talulepingud_et, lk 2
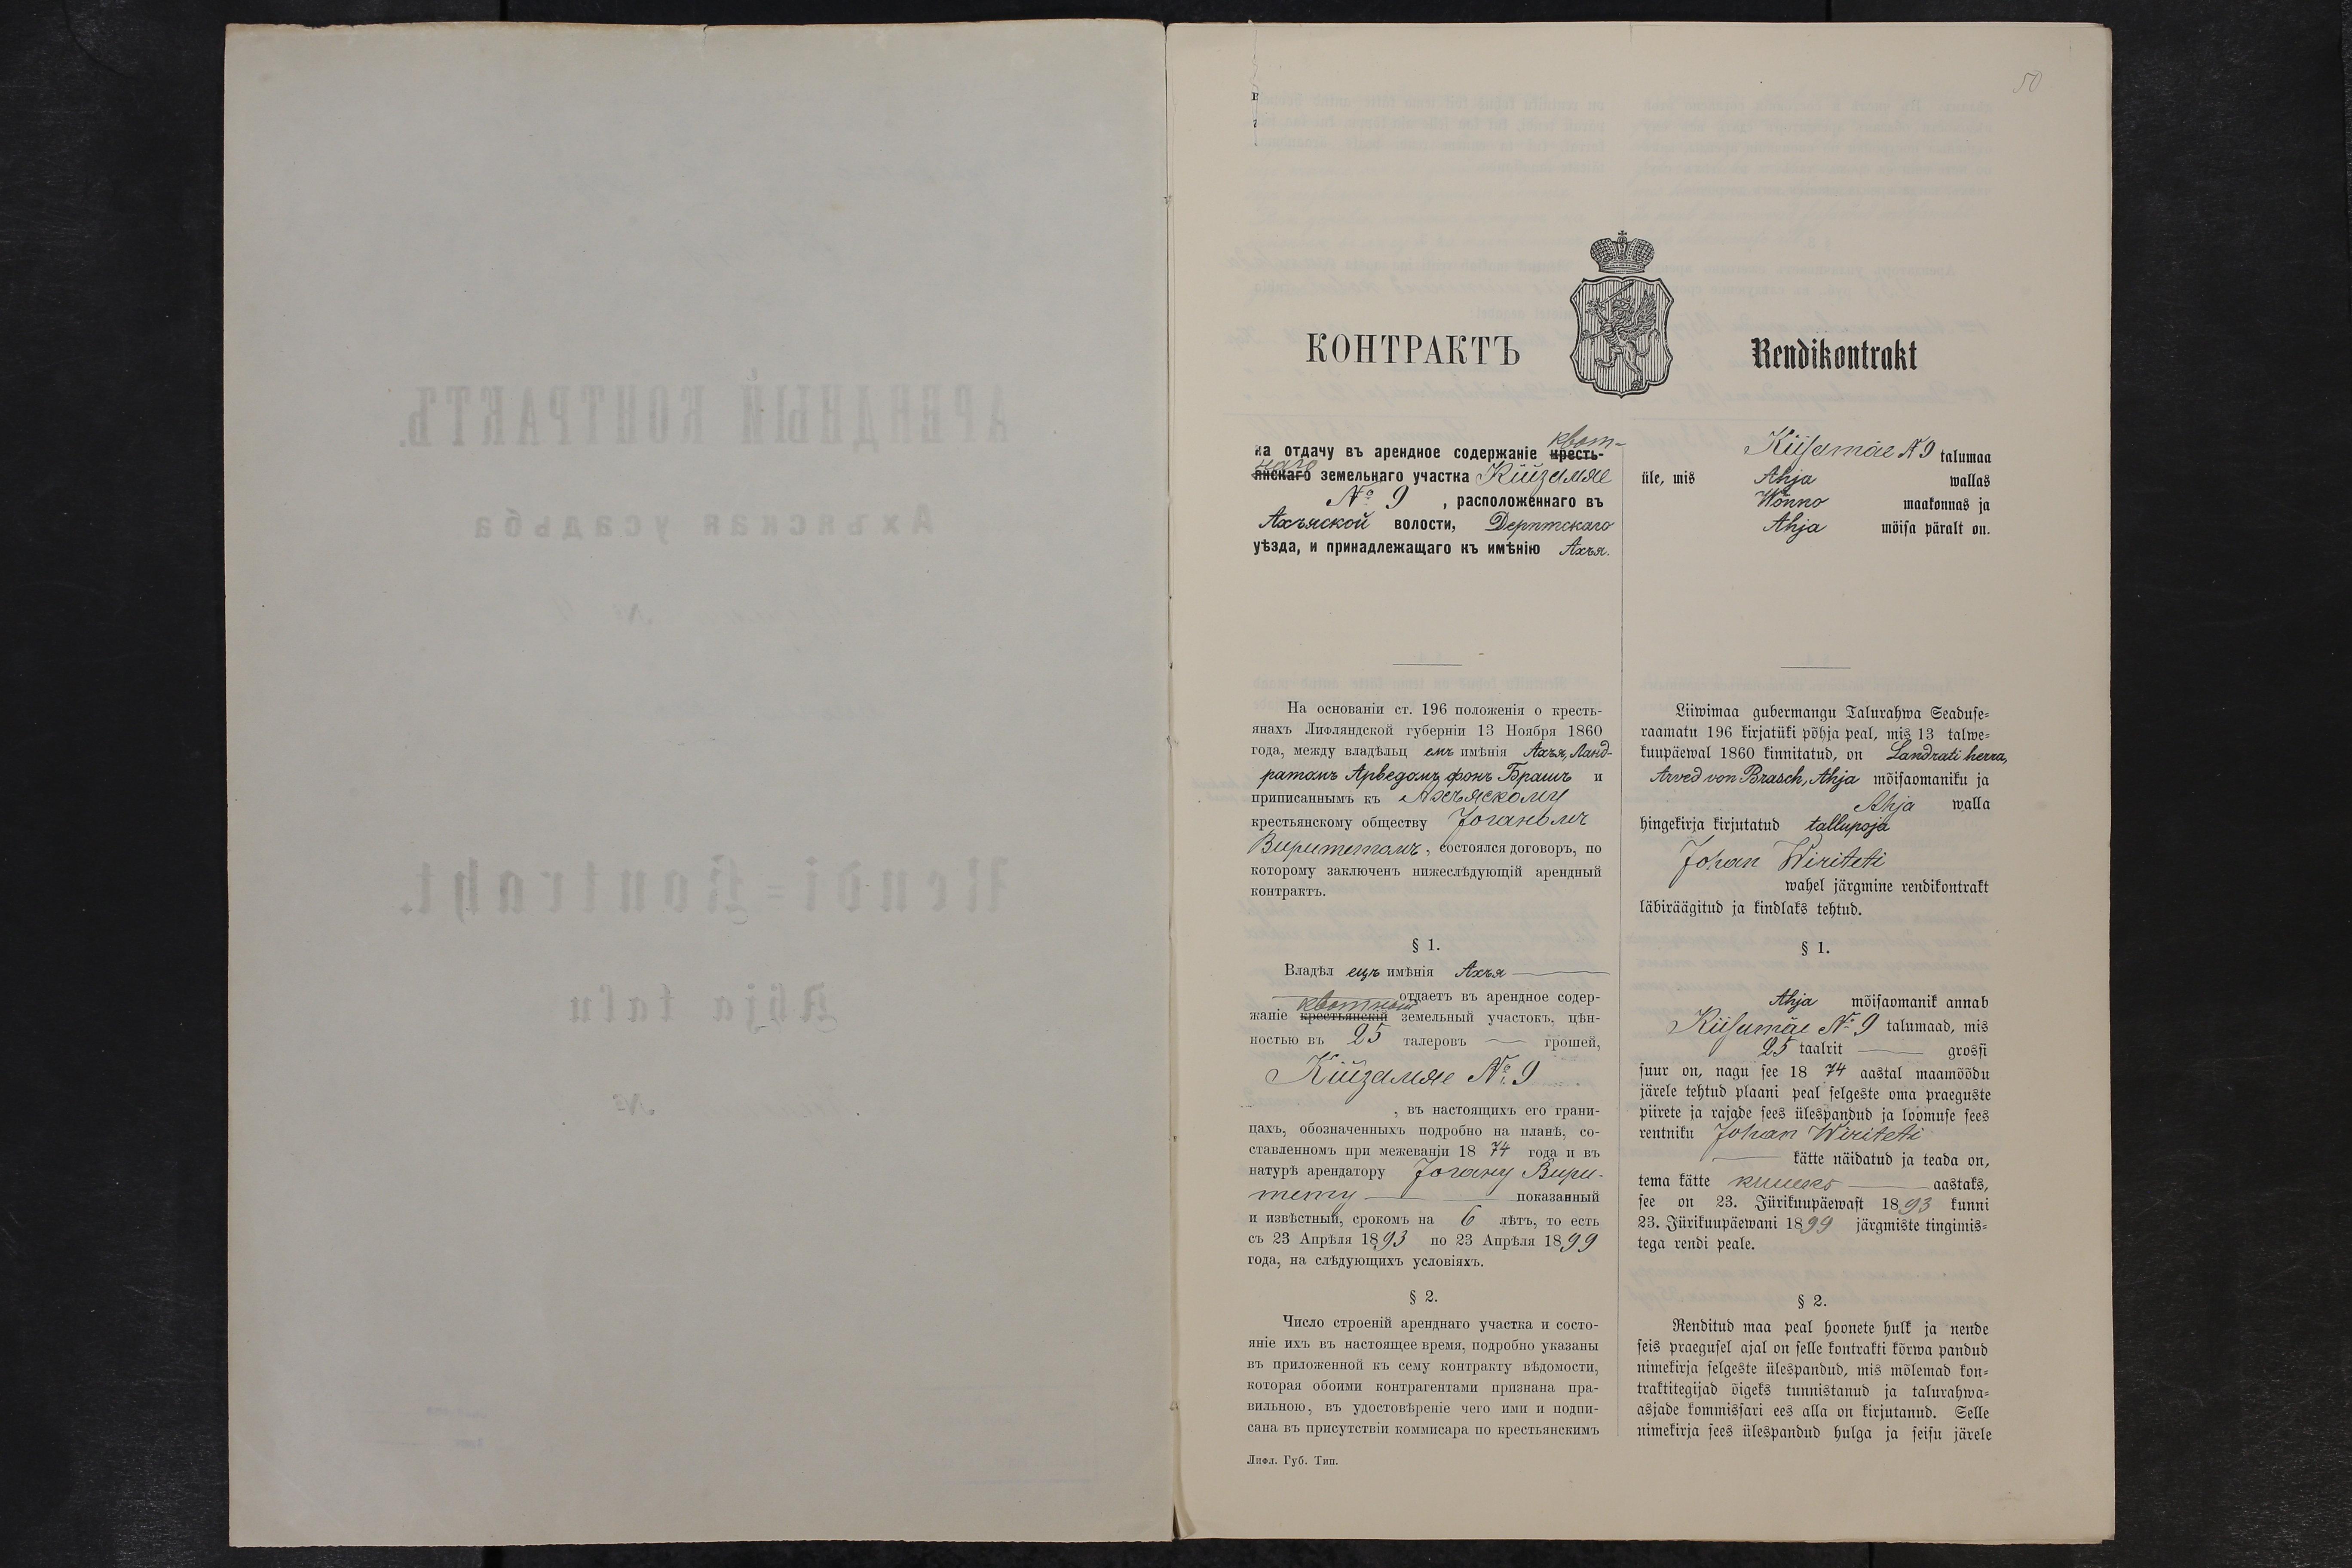
Rendikontrakt
Kiisamäe No 9 talumaa
üle, mis Ahja wallas
Wõnno maakonnas ja
Ahja mõisa päralt on.
Liiwimaa gubermangu Talurahwa Seaduse-
raamatu 196 kirjatüki põhjal, mis 13 talwe-
kuupäewal 1860 kinnitatud, on Landrati herra,
Arved von Brasch, Ahja mõisaomaniku ja
Ahja walla
hingekirja kirjutatud talupoja
Johan Wiriteti
wahel järgmine rendikontrakt
läbiräägitud ja kindlat tehtud.
§ 1.
Ahja mõisaomanik annab
Kiisamäe No 9 talumaad, mis
25 taalrit - grossi
suur on, nagu see 1874 aastal maamõõdu
järele tehtud plaani peal selgeste oma praeguste
piirete ja rajade sees ülespandud ja loomuse sees
rentniku Johan Wiriteti
kätte näidatud ja teada on,
tema kätte kuueks aastaks,
see on 23. Jürikuupäewast 1893 kunni
23. Jürikuupäewani 1899 järgmiste tingimis-
tega rendi peale.
§ 2.
Renditud maa peal hoonete hulk ja nende
seis praegusel ajal on selle kontrakti kõrwa pandud
nimekirja selgeste ülespandud, mis mõlemad kon-
raktitegijad õigeks tunnistanud ja talurahwa-
asjade komissari ees alla on kirjutanud. Selle
nimekirja sees ülespandud hulga ja seisu järele